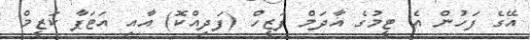
އޭގެ ފަހުން އެ ޓީމުގެ އާދަމް ފަޒީހް (ފަދިއްކޮ) އާއި އަޓަޕާ ކަޒީމް